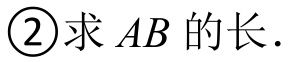
\textcircled{2}求 \(AB\) 的长.